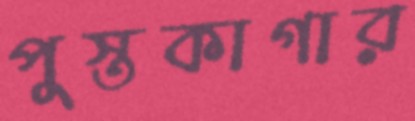
পুস্তকাগার